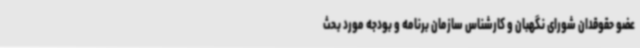
عضو حقوقدان شورای نگهبان و کارشناس سازمان برنامه و بودجه مورد بحث